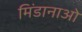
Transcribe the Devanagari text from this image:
मिंडानाओ